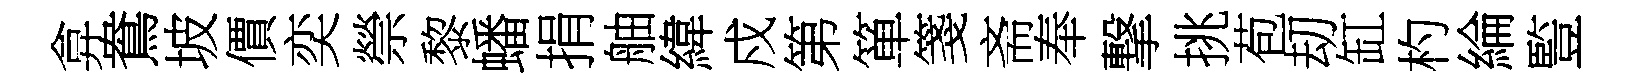
弇鴦坡價奕禜黎蟠捐舳緯戍第箪箋斋奉撃挑苞刧缸杓綸䜿